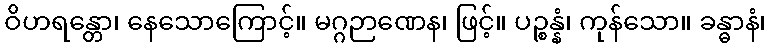
ဝိဟရန္တော၊ နေသောကြောင့်။ မဂ္ဂဉာဏေန၊ ဖြင့်။ ပဉ္စန္နံ၊ ကုန်သော။ ခန္ဓာနံ၊